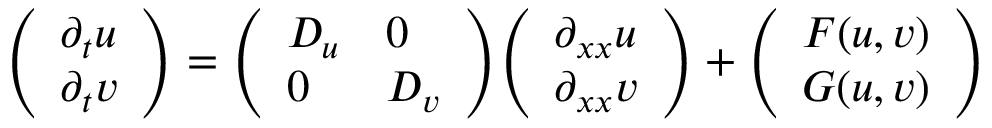
{ \left( \begin{array} { l } { \partial _ { t } u } \\ { \partial _ { t } v } \end{array} \right) } = { \left( \begin{array} { l l } { D _ { u } } & { 0 } \\ { 0 } & { D _ { v } } \end{array} \right) } { \left( \begin{array} { l } { \partial _ { x x } u } \\ { \partial _ { x x } v } \end{array} \right) } + { \left( \begin{array} { l } { F ( u , v ) } \\ { G ( u , v ) } \end{array} \right) }